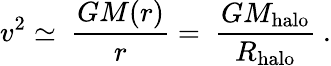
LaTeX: v^{2}\simeq\ \frac{GM(r)}{r}=\ \frac{GM_{\mathrm{halo}}}{R_{\mathrm{halo}}}\ .